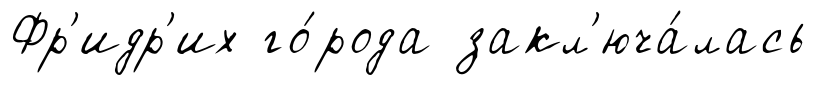
Фр'идр'их го́рода закл'юча́лась